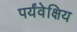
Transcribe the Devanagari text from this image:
पर्यंवेक्षिय